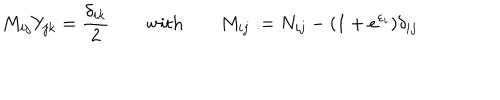
M _ { i j } Y _ { j k } = \frac { \delta _ { i k } } { 2 } \quad \quad \mathrm { w i t h } \qquad M _ { i j } : = N _ { i j } - ( 1 + e ^ { \varepsilon _ { i } } ) \delta _ { i j }